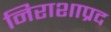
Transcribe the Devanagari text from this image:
निराशाप्रद